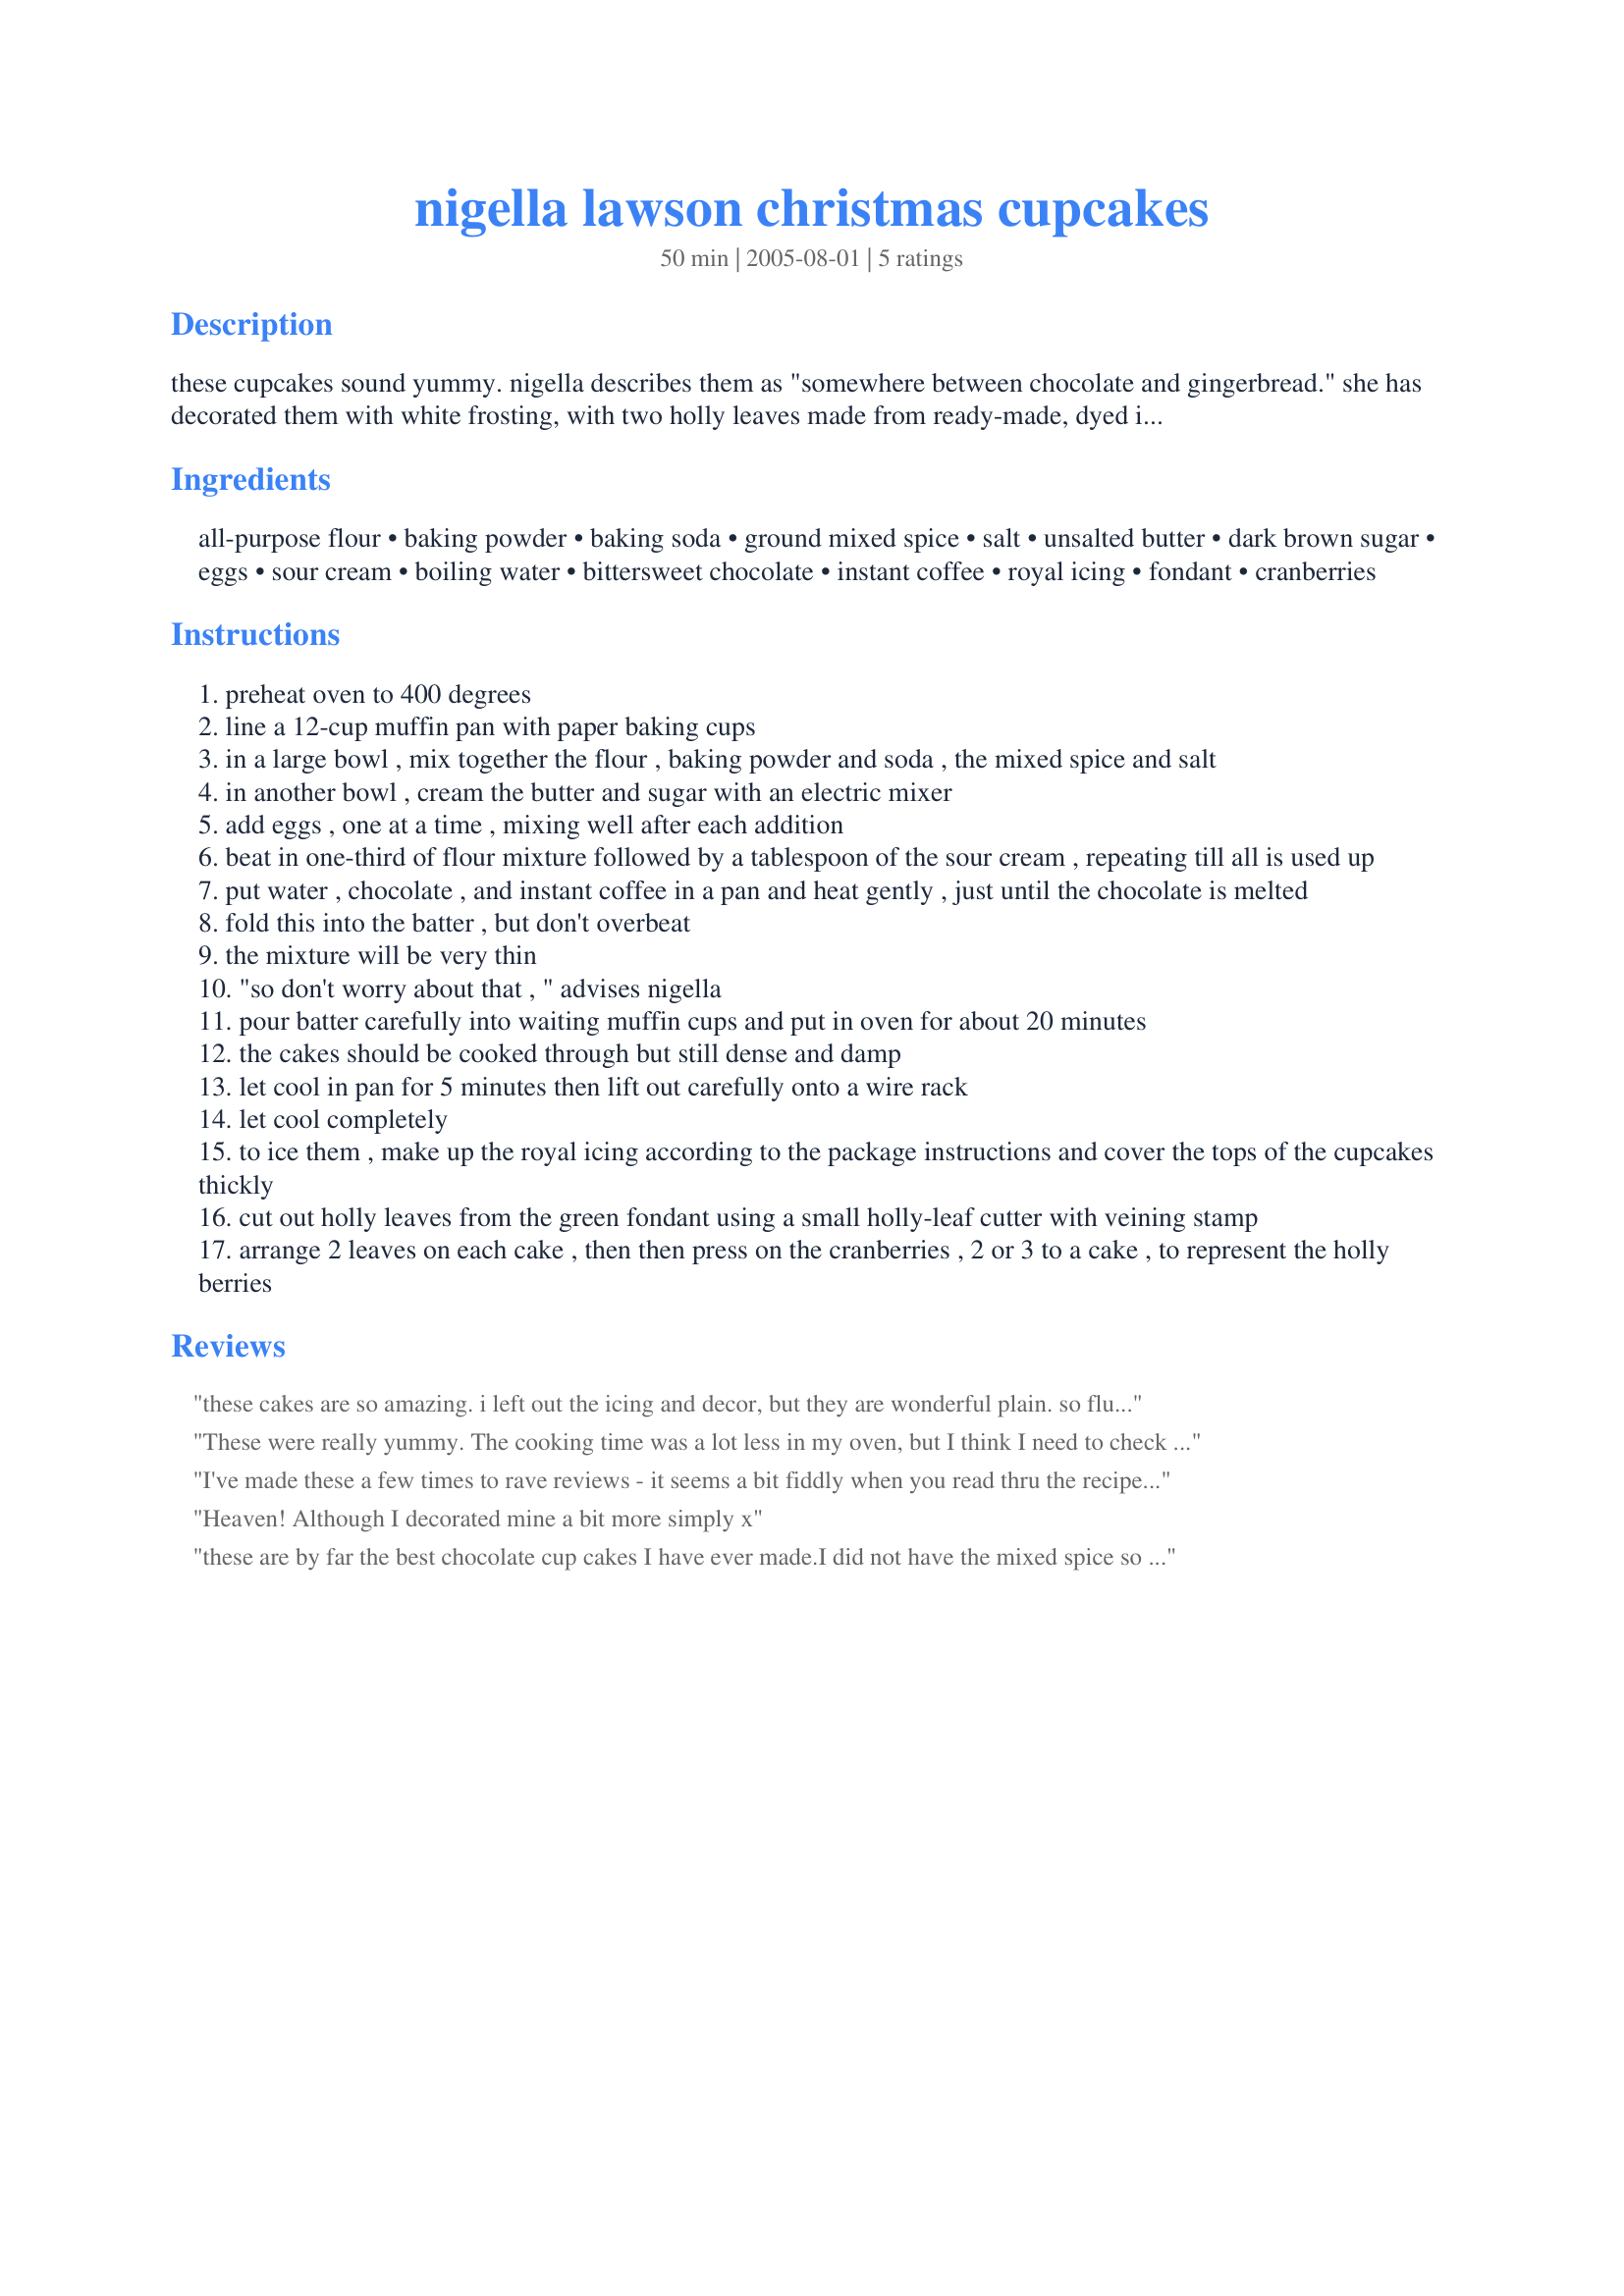
nigella lawson christmas cupcakes
Preparation time: 50 minutes

these cupcakes sound yummy. nigella describes them as "somewhere between chocolate and gingerbread." she has decorated them with white frosting, with two holly leaves made from ready-made, dyed icing and cranberries for the holly berries. i'm putting the recipe here so i know where it is at christmastime. i don't know if the types of icings she uses are available here in the u.s., but you'll get the idea.

Ingredients:
all-purpose flour, baking powder, baking soda, ground mixed spice, salt, unsalted butter, dark brown sugar, eggs, sour cream, boiling water, bittersweet chocolate, instant coffee, royal icing, fondant, cranberries

Steps:
preheat oven to 400 degrees
line a 12-cup muffin pan with paper baking cups
in a large bowl , mix together the flour , baking powder and soda , the mixed spice and salt
in another bowl , cream the butter and sugar with an electric mixer
add eggs , one at a time , mixing well after each addition
beat in one-third of flour mixture followed by a tablespoon of the sour cream , repeating till all is used up
put water , chocolate , and instant coffee in a pan and heat gently , just until the chocolate is melted
fold this into the batter , but don't overbeat
the mixture will be very thin
"so don't worry about that , " advises nigella
pour batter carefully into waiting muffin cups and put in oven for about 20 minutes
the cakes should be cooked through but still dense and damp
let cool in pan for 5 minutes then lift out carefully onto a wire rack
let cool completely
to ice them , make up the royal icing according to the package instructions and cover the tops of the cupcakes thickly
cut out holly leaves from the green fondant using a small holly-leaf cutter with veining stamp
arrange 2 leaves on each cake , then then press on the cranberries , 2 or 3 to a cake , to represent the holly berries

Reviews:
these cakes are so amazing. i left out the icing and decor, but they are wonderful plain. so fluffy and spicy. i made these a few times this winter, everybody loved them.
These were really yummy. The cooking time was a lot less in my oven, but I think I need to check my oven's temp. I made Cinnamon Cream Cheese Frosting for these, which was a perfect, yummy topper!
I've made these a few times to rave reviews - it seems a bit fiddly when you read thru the recipe for the first time but they are worth the effort. I iced with dark choc-sour cream icing and decorated with foil hearts for Valentine's Day.
Heaven! Although I decorated mine a bit more simply x
these are by far the best chocolate cup cakes I have ever made.I did not have the mixed spice so I used nutmeg,ginger and cinnamon.The boiling water was hot enough to melt the choco chips. I used plain yogourt instead of sourcream.There is no need for topper.
